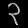
Digit: ၃